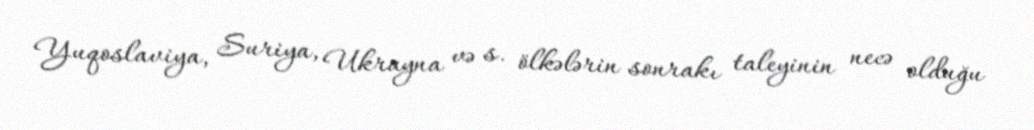
Yuqoslaviya, Suriya, Ukrayna və s. ölkələrin sonrakı taleyinin necə olduğu